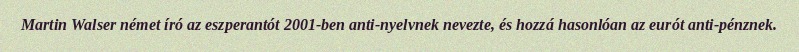
Martin Walser német író az eszperantót 2001-ben anti-nyelvnek nevezte, és hozzá hasonlóan az eurót anti-pénznek.